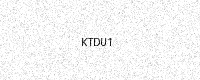
Text: KTDU1